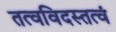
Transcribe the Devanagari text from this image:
तत्वविदस्तत्वं